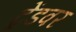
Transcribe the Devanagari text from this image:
ट्रेंडवर